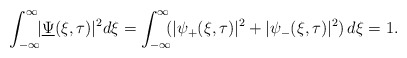
\begin{align*}\int_{-\infty}^{\infty}\!\! |\underline{\Psi}(\xi, \tau)|^{2} d\xi = \int_{-\infty}^{\infty}\!\! (|\psi_{+}(\xi, \tau)|^{2} + |\psi_{-}(\xi, \tau)|^{2})\, d\xi = 1.\end{align*}